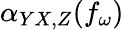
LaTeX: \alpha_{YX,Z}(f_{\omega})